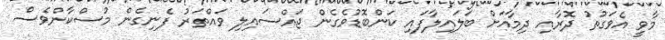
މާވީ އެވަގުތު ދޮރާއި ދިމާއަށް ބަލައިލާފައި ކަންބޮޑުވެގެން ޖައްސައިލި ވައްތަރު ފެނިގެން މުސްކާންވެސް